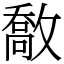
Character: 敿